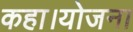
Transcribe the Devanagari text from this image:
कहा।योजना